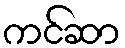
ကင်ဆာ